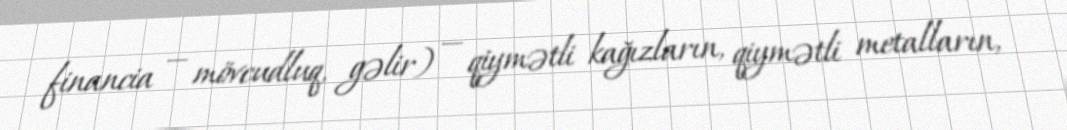
financia — mövcudluq, gəlir) — qiymətli kağızların, qiymətli metalların,